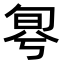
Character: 𠣬